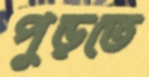
পুড়তে